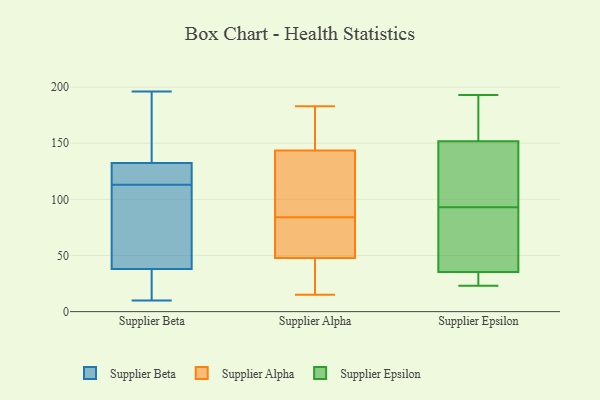
{"axis": {"x": "Tickets Resolved", "y": "Value"}, "legend": ["Supplier Alpha", "Supplier Beta", "Supplier Epsilon"], "data": [{"x": "", "y": 15, "type": "Supplier Beta"}, {"x": "", "y": 134, "type": "Supplier Beta"}, {"x": "", "y": 77, "type": "Supplier Beta"}, {"x": "", "y": 23, "type": "Supplier Beta"}, {"x": "", "y": 113, "type": "Supplier Beta"}, {"x": "", "y": 107, "type": "Supplier Beta"}, {"x": "", "y": 10, "type": "Supplier Beta"}, {"x": "", "y": 196, "type": "Supplier Beta"}, {"x": "", "y": 43, "type": "Supplier Beta"}, {"x": "", "y": 12, "type": "Supplier Beta"}, {"x": "", "y": 117, "type": "Supplier Beta"}, {"x": "", "y": 104, "type": "Supplier Beta"}, {"x": "", "y": 126, "type": "Supplier Beta"}, {"x": "", "y": 166, "type": "Supplier Beta"}, {"x": "", "y": 132, "type": "Supplier Beta"}, {"x": "", "y": 116, "type": "Supplier Beta"}, {"x": "", "y": 195, "type": "Supplier Beta"}, {"x": "", "y": 76, "type": "Supplier Alpha"}, {"x": "", "y": 174, "type": "Supplier Alpha"}, {"x": "", "y": 93, "type": "Supplier Alpha"}, {"x": "", "y": 149, "type": "Supplier Alpha"}, {"x": "", "y": 15, "type": "Supplier Alpha"}, {"x": "", "y": 31, "type": "Supplier Alpha"}, {"x": "", "y": 178, "type": "Supplier Alpha"}, {"x": "", "y": 24, "type": "Supplier Alpha"}, {"x": "", "y": 183, "type": "Supplier Alpha"}, {"x": "", "y": 74, "type": "Supplier Alpha"}, {"x": "", "y": 114, "type": "Supplier Alpha"}, {"x": "", "y": 107, "type": "Supplier Alpha"}, {"x": "", "y": 182, "type": "Supplier Alpha"}, {"x": "", "y": 25, "type": "Supplier Alpha"}, {"x": "", "y": 75, "type": "Supplier Alpha"}, {"x": "", "y": 84, "type": "Supplier Alpha"}, {"x": "", "y": 127, "type": "Supplier Alpha"}, {"x": "", "y": 39, "type": "Supplier Alpha"}, {"x": "", "y": 80, "type": "Supplier Alpha"}, {"x": "", "y": 193, "type": "Supplier Epsilon"}, {"x": "", "y": 93, "type": "Supplier Epsilon"}, {"x": "", "y": 23, "type": "Supplier Epsilon"}, {"x": "", "y": 34, "type": "Supplier Epsilon"}, {"x": "", "y": 136, "type": "Supplier Epsilon"}, {"x": "", "y": 25, "type": "Supplier Epsilon"}, {"x": "", "y": 129, "type": "Supplier Epsilon"}, {"x": "", "y": 71, "type": "Supplier Epsilon"}, {"x": "", "y": 28, "type": "Supplier Epsilon"}, {"x": "", "y": 168, "type": "Supplier Epsilon"}, {"x": "", "y": 79, "type": "Supplier Epsilon"}, {"x": "", "y": 27, "type": "Supplier Epsilon"}, {"x": "", "y": 154, "type": "Supplier Epsilon"}, {"x": "", "y": 152, "type": "Supplier Epsilon"}, {"x": "", "y": 125, "type": "Supplier Epsilon"}, {"x": "", "y": 151, "type": "Supplier Epsilon"}, {"x": "", "y": 49, "type": "Supplier Epsilon"}, {"x": "", "y": 156, "type": "Supplier Epsilon"}, {"x": "", "y": 39, "type": "Supplier Epsilon"}]}